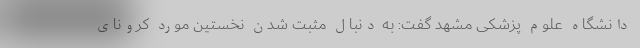
دانشگاه علوم پزشکی مشهد گفت: به دنبال مثبت شدن نخستین مورد کرونای